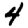
Digit: 4